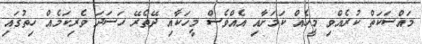
މައްސަކަތް ކުރެއްވި މީހެއް ކަމަށާއި އެއްވެސް މީހަކާއި ދޭތެރޭ ހަސަދަ ވެރިކަމެއް ހިތުގައި